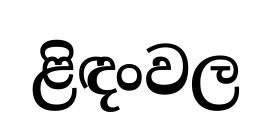
ළිඳංවල